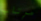
مرتاب